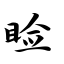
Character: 睑